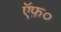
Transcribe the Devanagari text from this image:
ऍफ़०